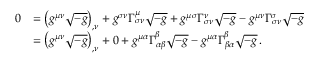
{ \begin{array} { r l } { 0 } & { = \left( g ^ { \mu \nu } { \sqrt { - g } } \right) _ { , \nu } + g ^ { \sigma \nu } \Gamma _ { \sigma \nu } ^ { \mu } { \sqrt { - g } } + g ^ { \mu \sigma } \Gamma _ { \sigma \nu } ^ { \nu } { \sqrt { - g } } - g ^ { \mu \nu } \Gamma _ { \sigma \nu } ^ { \sigma } { \sqrt { - g } } \, } \\ & { = \left( g ^ { \mu \nu } { \sqrt { - g } } \right) _ { , \nu } + 0 + g ^ { \mu \alpha } \Gamma _ { \alpha \beta } ^ { \beta } { \sqrt { - g } } - g ^ { \mu \alpha } \Gamma _ { \beta \alpha } ^ { \beta } { \sqrt { - g } } \, . } \end{array} }